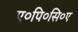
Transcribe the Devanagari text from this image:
ए०पि०सि०ए